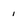
Character: 1